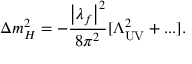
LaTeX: \Delta m _ { H } ^ { 2 } = - { \frac { \left| \lambda _ { f } \right| ^ { 2 } } { 8 \pi ^ { 2 } } } [ \Lambda _ { \mathrm { U V } } ^ { 2 } + . . . ] .